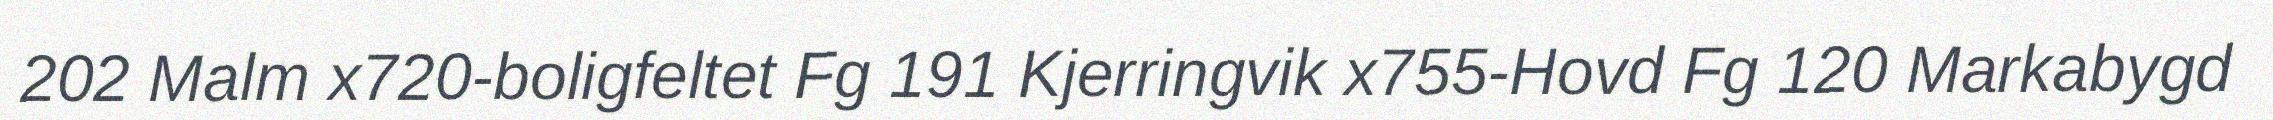
202 Malm x720-boligfeltet Fg 191 Kjerringvik x755-Hovd Fg 120 Markabygd